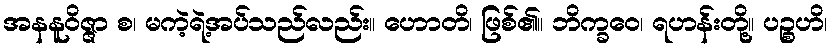
အနနူဝိဇ္ဇာ စ၊ မကဲ့ရဲ့အပ်သည်လည်း။ ဟောတိ၊ ဖြစ်၏။ ဘိက္ခဝေ၊ ရဟန်းတို့။ ပဉ္စဟိ၊